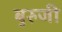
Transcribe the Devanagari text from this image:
बुरुजी